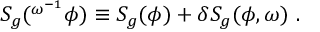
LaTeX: S _ { g } ( ^ { \omega ^ { - 1 } } \phi ) \equiv S _ { g } ( \phi ) + \delta S _ { g } ( \phi , \omega ) \ .